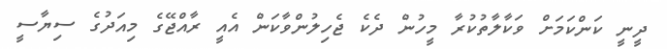
ދީނީ ކަންކަމަށް ވަކާލާތުކުރާ މީހުން ދެކެ ޖެހިލުންވާކަން އެއީ ރާއްޖޭގެ މިއަދުގެ ސިޔާސީ